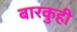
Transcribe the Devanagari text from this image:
बारकुही